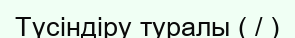
Түсіндіру туралы ( / )